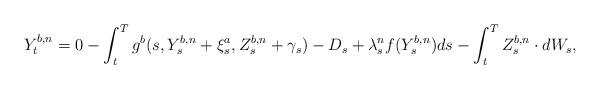
LaTeX: \begin{align*}Y^{b,n}_t=0-\int_t^T g^b(s,Y_s^{b,n}+\xi_s^a,Z_s^{b,n}+\gamma_s)-D_s +\lambda^n_s f(Y^{b,n}_s) ds-\int_t^T Z^{b,n}_s \cdot dW_s,\end{align*}